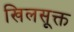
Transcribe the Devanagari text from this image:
खिलसूक्त